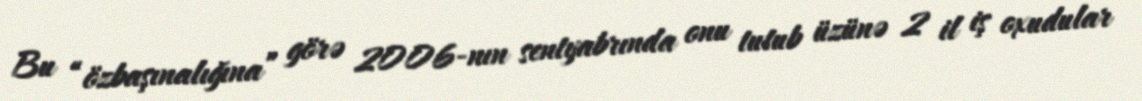
Bu “özbaşınalığına” görə 2006-nın sentyabrında onu tutub üzünə 2 il iş oxudular